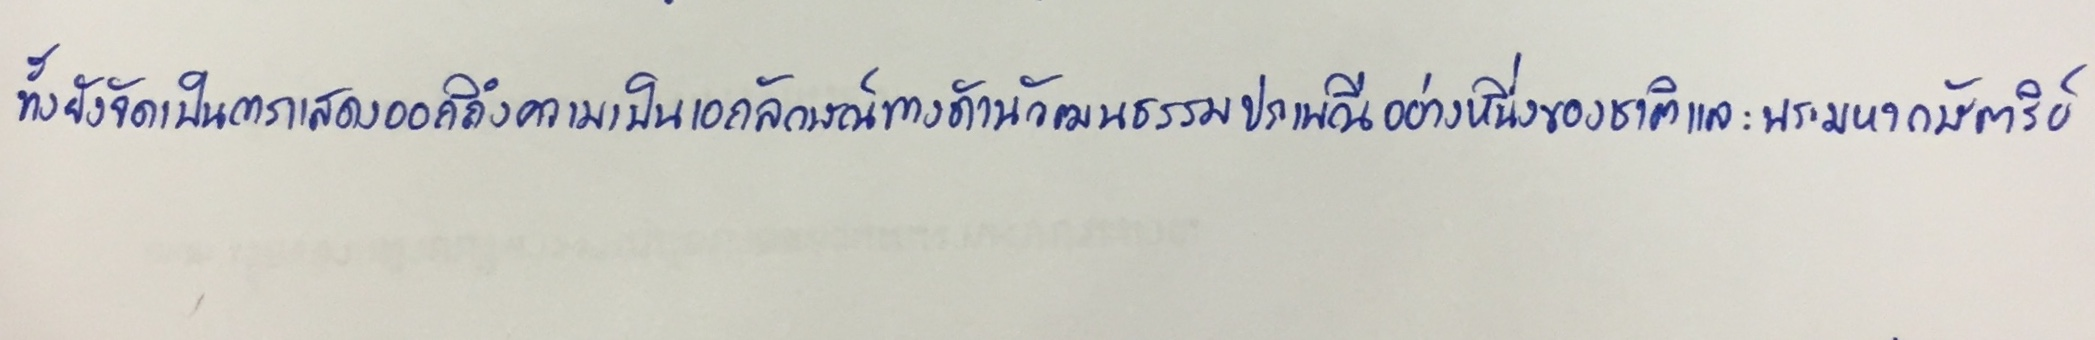
ทั้งยังจัดเป็นการแสดงออกถึงความเป็นเอกลักษณ์ทางด้านวัฒนธรรมประเพณีอย่างหนึ่งของชาติและพระมหากษัตริย์